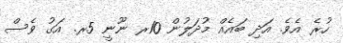
ހުރެ އެވެ. އަދި ބައެއް މުދަލުން 10ރ ނޫނީ 5ރ. އަގު ވެސް